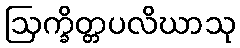
ဩက္ခိတ္တပလိဃာသု